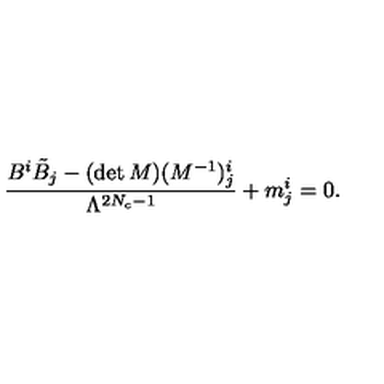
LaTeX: \frac { B ^ { i } \tilde { B } _ { { j } } - ( \det M ) ( M ^ { - 1 } ) _ { { j } } ^ { i } } { \Lambda ^ { 2 N _ { c } - 1 } } + m _ { j } ^ { i } = 0 .